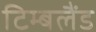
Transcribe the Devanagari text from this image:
टिम्बलैंड